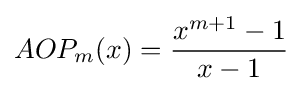
AOP_{m}(x)={x^{m+1}-1 \over {x-1}}